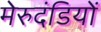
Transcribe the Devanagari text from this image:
मेरुदंडियों